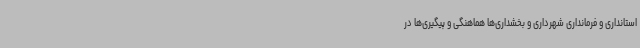
استانداری و فرمانداری شهرداری و بخشداری‌ها هماهنگی و پیگیری‌ها در